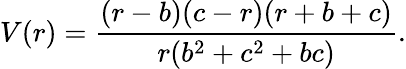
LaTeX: V(r)=\frac{(r-b)(c-r)(r+b+c)}{r(b^{2}+c^{2}+bc)}.